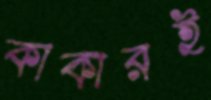
কাকারই